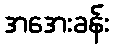
အအေးခန်း